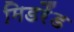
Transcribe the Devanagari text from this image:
मिडरैंड